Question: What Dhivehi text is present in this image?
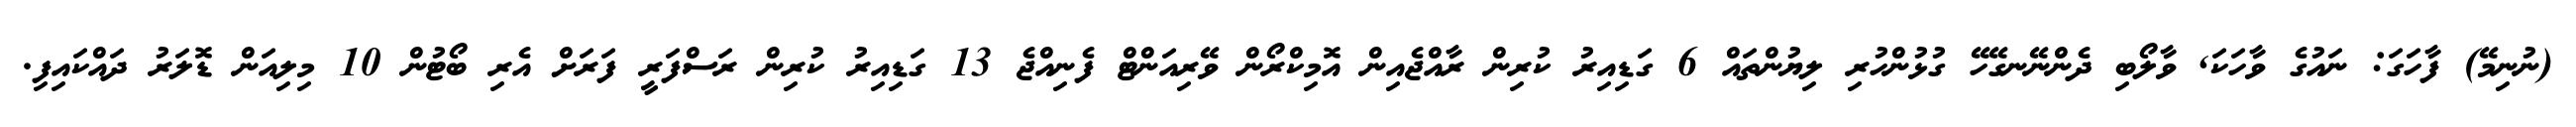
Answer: (ނުނިމޭ) ފާހަގަ: ނައުގެ ވާހަކަ, ވާލޯބި ދެންނޭނގޭހޭ ގުޅުންހުރި ލިޔުންތައް 6 ގަޑިއިރު ކުރިން ރާއްޖެއިން އޮމިކްރޯން ވޭރިއަންޓް ފެނިއްޖެ 13 ގަޑިއިރު ކުރިން ރަސްފަރީ ފަރަށް އެރި ބޯޓުން 10 މިލިއަން ޑޮލަރު ދައްކައިފި.